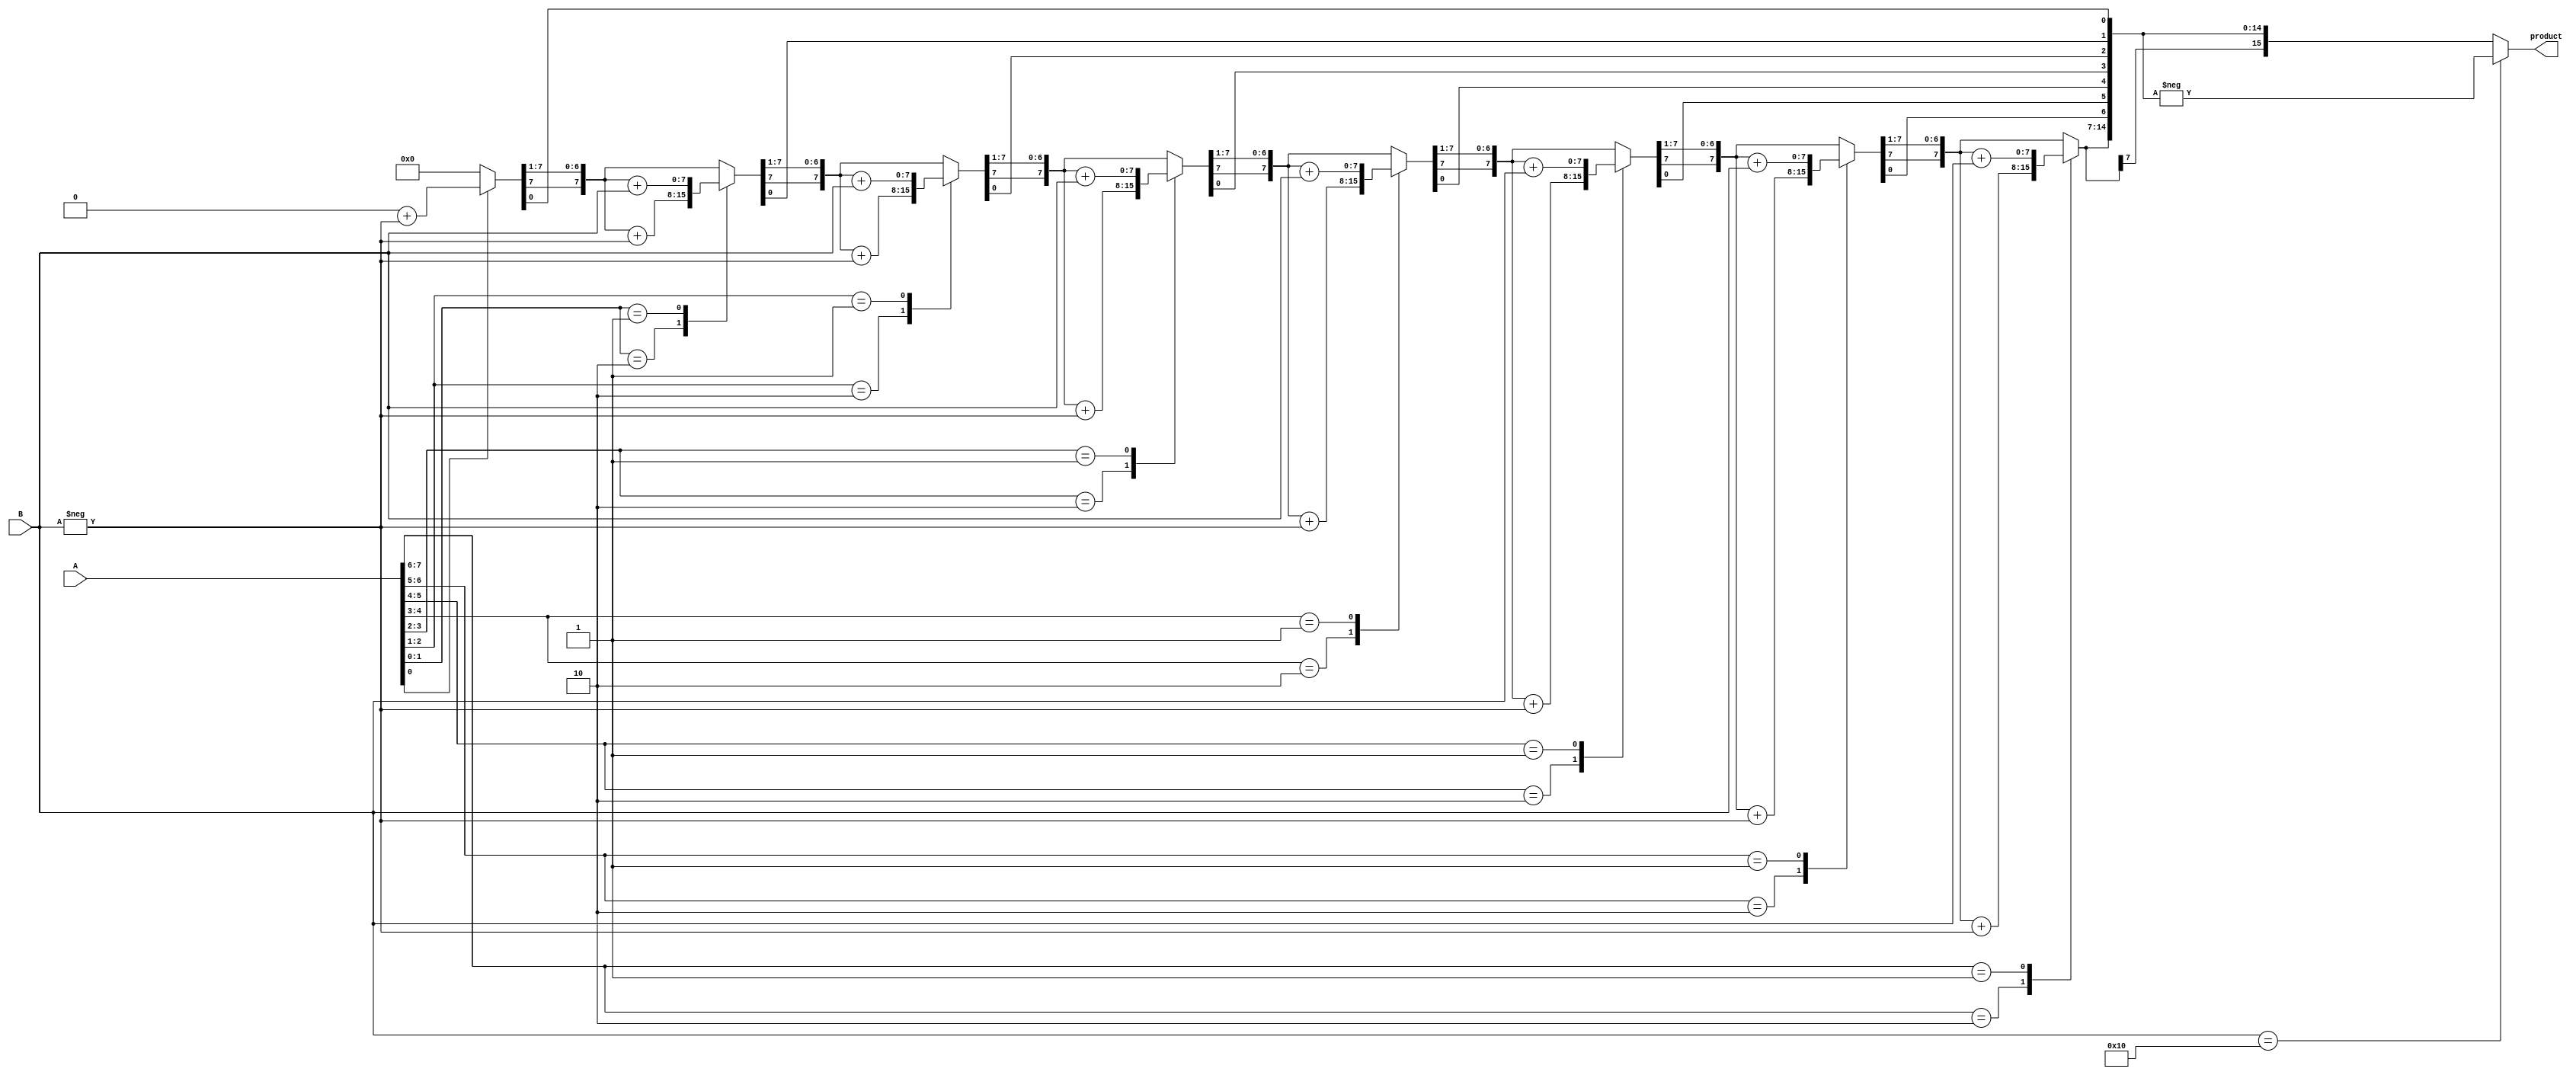
module booth_signed_multiplier_8(product, A, B);
       input signed [7:0] A, B;
       output signed [15:0] product;
       reg [15:0] product;
       reg [1:0] temp;
       integer i;
       reg E1;
       reg [7:0] B1;

       always @ (*) begin
         product = 16'd0;
         E1 = 1'd0;
         B1 = -B;
         for (i = 0; i < 8; i = i + 1) begin
           temp = {A[i], E1};
           case (temp)
             2'd2 : product[15:8] = product[15:8] + B1;
             2'd1 : product[15:8] = product[15:8] + B;
           default : begin end
           endcase
           product = product >> 1; // Logical Shift Right
           product[15] = product[14]; // Preserve the sign bit
           E1 = A[i];
         end

         if (B == 8'd16) begin
           product = - product;
         end
       end
endmodule